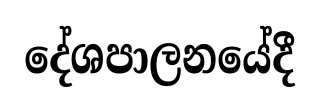
දේශපාලනයේදී